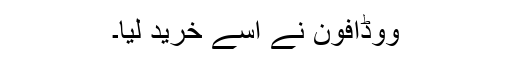
ووڈافون نے اسے خرید لیا۔